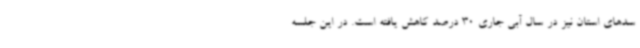
سدهای استان نیز در سال آبی جاری 30 درصد کاهش یافته است. در این جلسه